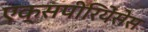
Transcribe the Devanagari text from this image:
एक्सपीरियेंसेस